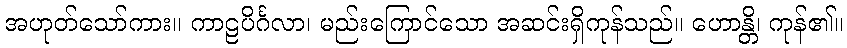
အဟုတ်သော်ကား။ ကာဠပိင်္ဂလာ၊ မည်းကြောင်သော အဆင်းရှိကုန်သည်။ ဟောန္တိ၊ ကုန်၏။